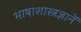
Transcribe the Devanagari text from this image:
भाषाशास्त्रज्ञानें